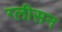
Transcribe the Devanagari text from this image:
ग्‍लीसन